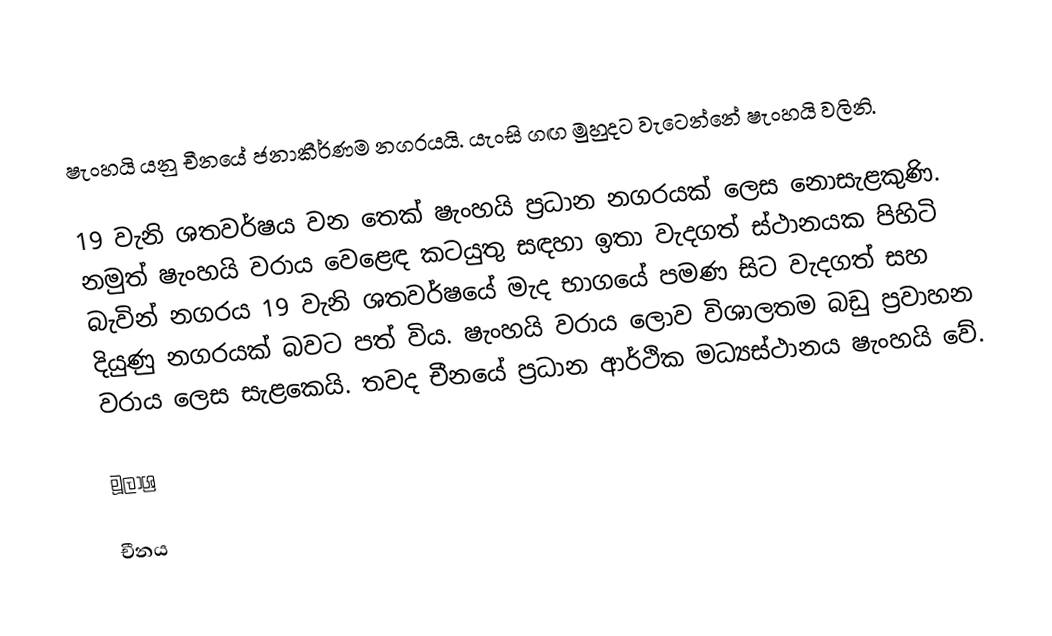
ෂැංහයි යනු චීනයේ ජනාකීර්ණම නගරයයි. යැංසි ගඟ මුහුදට වැටෙන්නේ ෂැංහයි වලිනි.

19 වැනි ශතවර්ෂය වන තෙක් ෂැංහයි ප්‍රධාන නගරයක් ලෙස නොසැළකුණි. නමුත් ෂැංහයි වරාය වෙළෙඳ කටයුතු සඳහා ඉතා වැදගත් ස්ථානයක පිහිටි බැවින් නගරය 19 වැනි ශතවර්ෂයේ මැද භාගයේ පමණ සිට වැදගත් සහ දියුණු නගරයක් බවට පත් විය. ෂැංහයි වරාය ලොව විශාලතම බඩු ප්‍රවාහන වරාය ලෙස සැළකෙයි. තවද චීනයේ ප්‍රධාන ආර්ථික මධ්‍යස්ථානය ෂැංහයි වේ.

මූලාශ්‍ර

චීනය